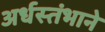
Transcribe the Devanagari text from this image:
अर्धस्तंभाने